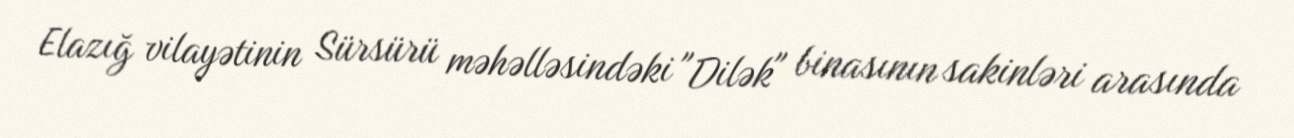
Elazığ vilayətinin Sürsürü məhəlləsindəki "Dilək" binasının sakinləri arasında